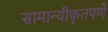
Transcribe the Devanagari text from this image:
सामान्यीकृतपणे